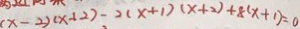
( x - 2 ) ( x + 2 ) - 2 ( x + 1 ) ( x + 2 ) + 8 ( x + 1 ) = 0